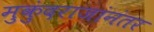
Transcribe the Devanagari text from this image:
मुकुंदराजांनंतर